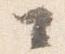
々